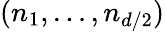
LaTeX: (n_{1},\ldots,n_{d/2})